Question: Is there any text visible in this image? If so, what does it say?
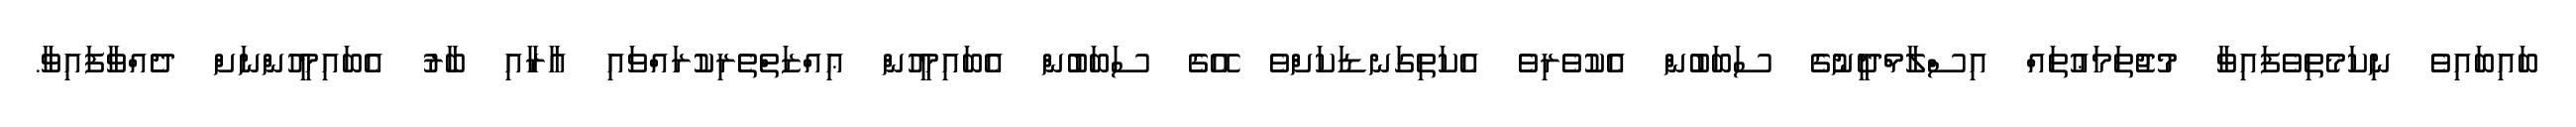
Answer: ބައިބައިވެ ނިކަމެތިވެފައިވާ މުޖުތަމަޢުތައް އިސްލާމްދީނުގެ ސަބަބުން އެކުވެރިވެ އެކަތިގަނޑަކަށްވެ އޭގެ ސަބަބުން އެބައިމީހުން ޢިއްޒަތްތެރިކުރައްވައި އާރާއި ބާރު އެބައިމީހުންނަށް ދެއްވާފައިވާ.